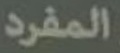
المفرد